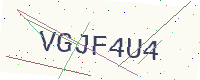
Text: VGJF4U4